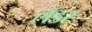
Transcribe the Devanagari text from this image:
लॅडर